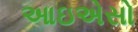
આઇએસો